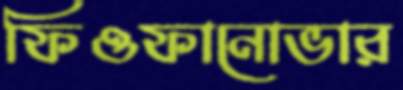
ফিওফানোভার